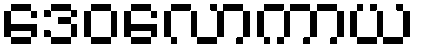
ဒေဝလောကာယ